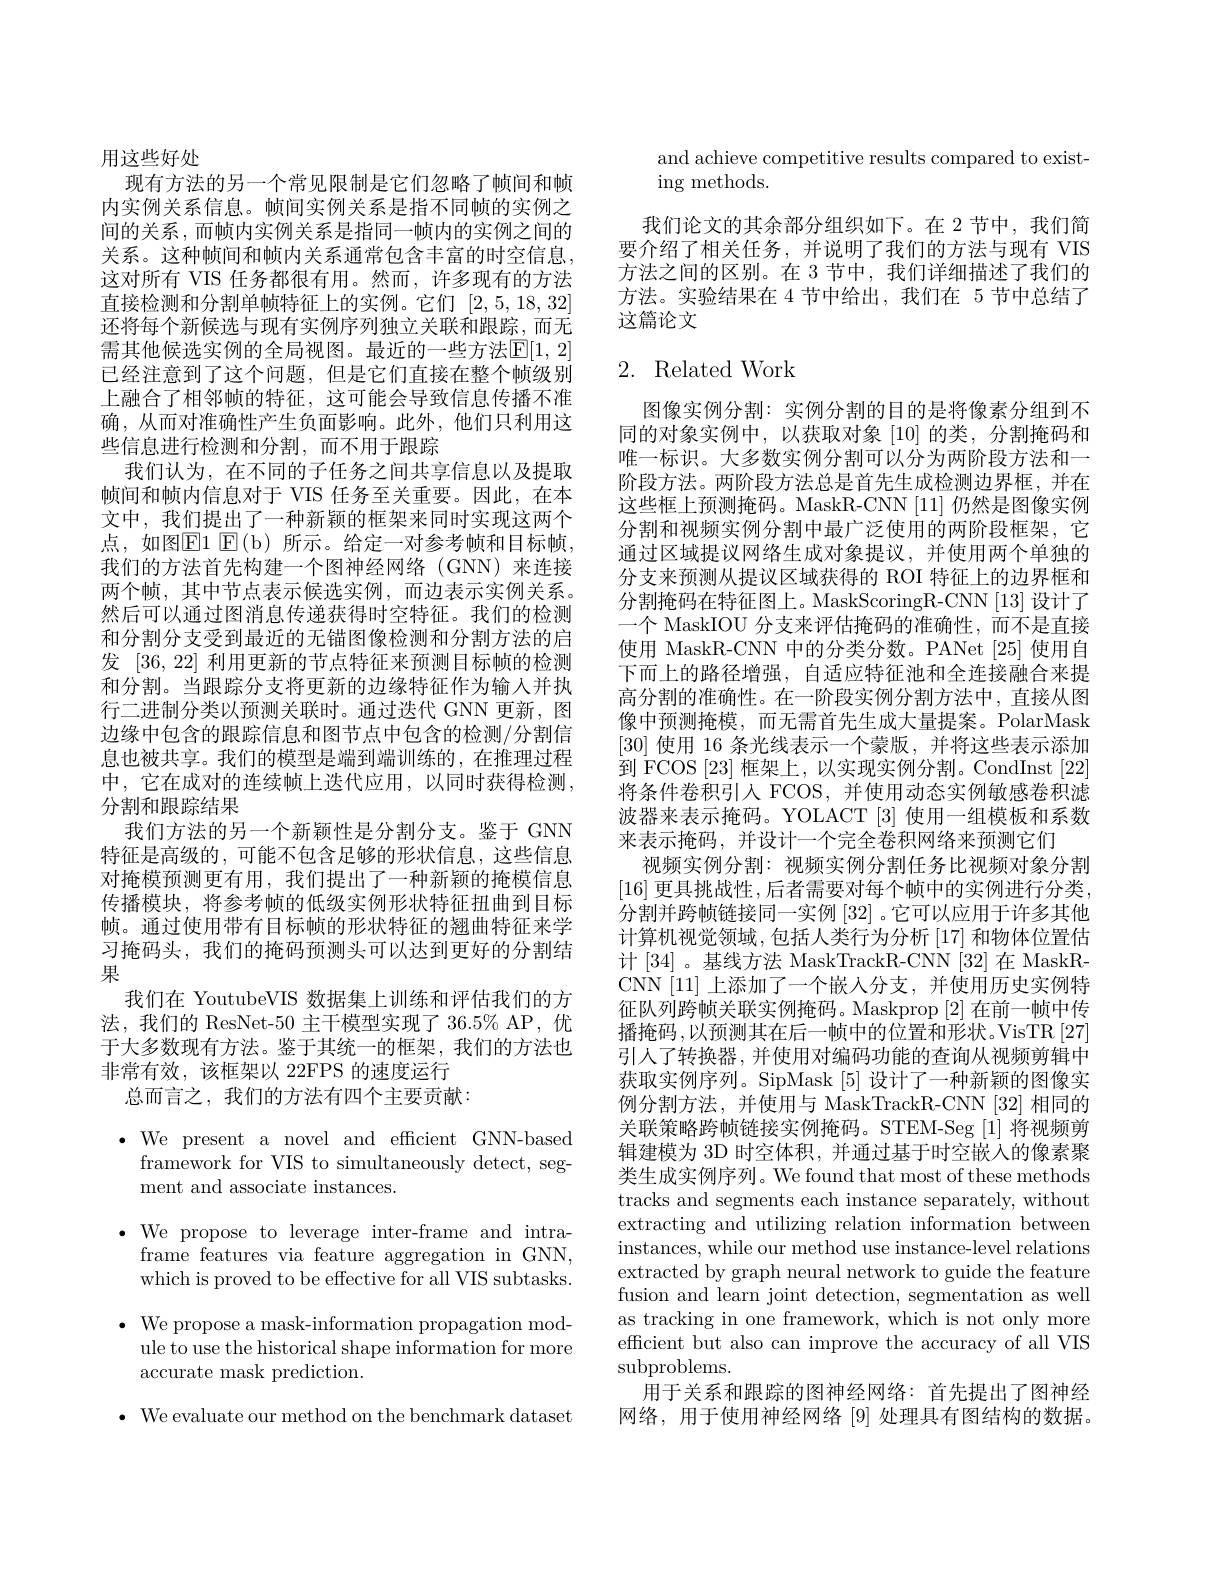
用这些好处
现有方法的另一个常见限制是它们忽略了帧间和帧内实例关系信息。帧间实例关系是指不同帧的实例之间的关系，而帧内实例关系是指同一帧内的实例之间的关系。这种帧间和帧内关系通常包含丰富的时空信息， 这对所有 VIS 任务都很有用。然而，许多现有的方法直接检测和分割单帧特征上的实例。它们[2,5,18,32] 还将每个新候选与现有实例序列独立关联和跟踪，而无需其他候选实例的全局视图。最近的一些方法$\mathbb{E}[1,2]$ 已经注意到了这个问题，但是它们直接在整个帧级别上融合了相邻帧的特征，这可能会导致信息传播不准确，从而对准确性产生负面影响。此外，他们只利用这些信息进行检测和分割，而不用于跟踪
我们认为，在不同的子任务之间共享信息以及提取帧间和帧内信息对于 VIS 任务至关重要。因此，在本文中，我们提出了一种新颖的框架来同时实现这两个点，如图$\boxed{\mathrm{E}}1$ E(b)所示。给定一对参考帧和目标帧， 我们的方法首先构建一个图神经网络(GNN)来连接两个帧，其中节点表示候选实例，而边表示实例关系。然后可以通过图消息传递获得时空特征。我们的检测和分割分支受到最近的无锚图像检测和分割方法的启发[36,22]利用更新的节点特征来预测目标帧的检测和分割。当跟踪分支将更新的边缘特征作为输入并执行二进制分类以预测关联时。通过迭代 GNN 更新，图边缘中包含的跟踪信息和图节点中包含的检测/分割信息也被共享。我们的模型是端到端训练的，在推理过程中，它在成对的连续帧上迭代应用，以同时获得检测， 分割和跟踪结果
我们方法的另一个新颖性是分割分支。鉴于 GNN 特征是高级的，可能不包含足够的形状信息，这些信息对掩模预测更有用，我们提出了一种新颖的掩模信息传播模块，将参考帧的低级实例形状特征扭曲到目标帧。通过使用带有目标帧的形状特征的翘曲特征来学习掩码头，我们的掩码预测头可以达到更好的分割结果
我们在 YoutubeVIS 数据集上训练和评估我们的方法，我们的 ResNet-50 主干模型实现了 36.5% AP,优于大多数现有方法。鉴于其统一的框架，我们的方法也非常有效，该框架以 22FPS 的速度运行
总而言之，我们的方法有四个主要贡献：

$\bullet$ We present a novel and efficient GNN-based
framework for VIS to simultaneously detect, seg-
ment and associate instances.

$\bullet$ We propose to leverage inter-frame and intra-
frame features via feature aggregation in GNN, which is proved to be effective for all VIS subtasks.
$\bullet$ We propose a mask-information propagation mod-
ule to use the historical shape information for more
accurate mask prediction.

$\bullet$ We evaluate our method on the benchmark dataset

and achieve competitive results compared to exist-
ing methods.

我们论文的其余部分组织如下。在 2 节中，我们简要介绍了相关任务，并说明了我们的方法与现有 VIS 方法之间的区别。在 3 节中，我们详细描述了我们的方法。实验结果在 4 节中给出，我们在 5 节中总结了这篇论文

## 2. Related Work

图像实例分割：实例分割的目的是将像素分组到不同的对象实例中，以获取对象 [10] 的类，分割掩码和唯一标识。大多数实例分割可以分为两阶段方法和一阶段方法。两阶段方法总是首先生成检测边界框，并在这些框上预测掩码。MaskR-CNN [11] 仍然是图像实例分割和视频实例分割中最广泛使用的两阶段框架，它通过区域提议网络生成对象提议，并使用两个单独的分支来预测从提议区域获得的 ROI 特征上的边界框和分割掩码在特征图上。MaskScoringR-CNN [13] 设计了一个 MaskIOU 分支来评估掩码的准确性，而不是直接使用 MaskR-CNN 中的分类分数。PANet [25] 使用自下而上的路径增强，自适应特征池和全连接融合来提高分割的准确性。在一阶段实例分割方法中，直接从图像中预测掩模，而无需首先生成大量提案。PolarMask [30]使用 16 条光线表示一个蒙版，并将这些表示添加到 FCOS [23]框架上，以实现实例分割。CondInst[22] 将条件卷积引人 FCOS,并使用动态实例敏感卷积滤波器来表示掩码。YOLACT[3] 使用一组模板和系数来表示掩码，并设计一个完全卷积网络来预测它们
视频实例分割：视频实例分割任务比视频对象分割[16]更具挑战性，后者需要对每个帧中的实例进行分类， 分割并跨帧链接同一实例$\left[32\right]$。它可以应用于许多其他计算机视觉领域，包括人类行为分析[17]和物体位置估计[34]。基线方法 MaskTrackR-CNN [32]在 MaskRCNN [11] 上添加了一个嵌人分支，并使用历史实例特征队列跨帧关联实例掩码。Maskprop [2]在前一帧中传播掩码，以预测其在后一帧中的位置和形状。VisTR[27] 引人了转换器，并使用对编码功能的查询从视频剪辑中获取实例序列。SipMask [5]设计了一种新颖的图像实例分割方法，并使用与 MaskTrackR-CNN [32] 相同的关联策略跨帧链接实例掩码。STEM-Seg [1] 将视频剪辑建模为 3D 时空体积，并通过基于时空嵌人的像素聚类生成实例序列。We found that most of these methods tracks and segments each instance separately, without extracting and utilizing relation information between instances, while our method use instance-level relations extracted by graph neural network to guide the feature fusion and learn joint detection, segmentation as well as tracking in one framework, which is not only more efficient but also can improve the accuracy of all VIS subproblems.
用于关系和跟踪的图神经网络：首先提出了图神经网络，用于使用神经网络[9]处理具有图结构的数据。